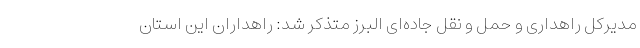
مدیرکل راهداری و حمل و نقل جاده‌ای البرز متذکر شد: راهداران این استان